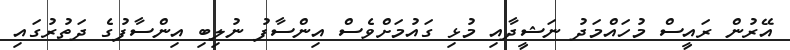
އޭރުން ރައީސް މުހައްމަދު ނަޝީދާއި މުޅި ގައުމަށްވެސް އިންސާފު ނުލިބި އިންސާފުގެ ދަތުރުގައި